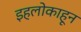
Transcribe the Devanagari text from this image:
इहलोकाहून